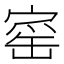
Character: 𡩴